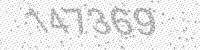
Solution: 147369